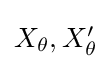
{\textstyle X_{\theta },X_{\theta }'}